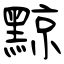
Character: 黥